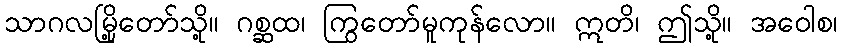
သာဂလမြို့တော်သို့။ ဂစ္ဆထ၊ ကြွတော်မူကုန်လော။ ဣတိ၊ ဤသို့။ အဝေါစ၊